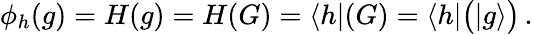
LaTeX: \phi_{h}(g)=H(g)=H(G)=\langle h|(G)=\langle h|{\bigl(}|g\rangle{\bigr)}\, .